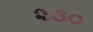
૨૩૦